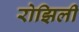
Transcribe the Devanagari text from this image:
रोझिली